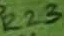
Text: R23